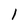
Character: l